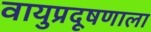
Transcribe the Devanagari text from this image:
वायुप्रदूषणाला